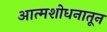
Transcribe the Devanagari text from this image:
आत्मशोधनातून